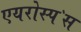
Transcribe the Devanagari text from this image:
एयरोस्प॓स